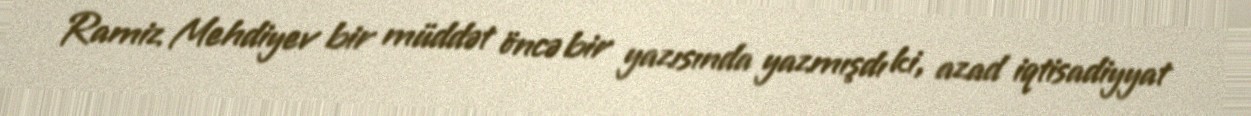
Ramiz Mehdiyev bir müddət öncə bir yazısında yazmışdı ki, azad iqtisadiyyat